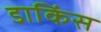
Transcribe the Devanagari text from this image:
डाकिंस